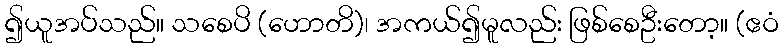
၍ယူအပ်သည်။ သစေပိ (ဟောတိ)၊ အကယ်၍မူလည်း ဖြစ်စေဦးတော့။ (ဧဝံ